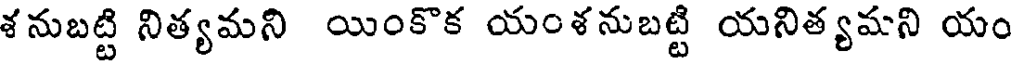
శనుబట్టి నిత్యమని యింకొక యంశనుబట్టి యనిత్యమని యం